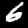
Label: 6